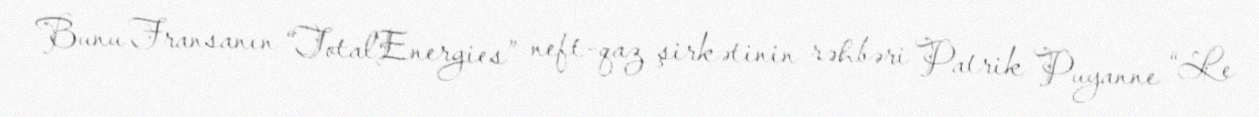
Bunu Fransanın “TotalEnergies” neft-qaz şirkətinin rəhbəri Patrik Puyanne “Le